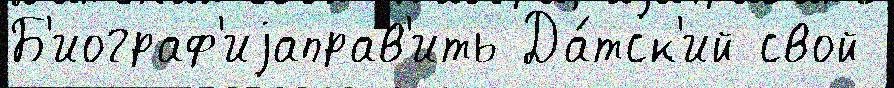
Б'иограф'иjаправ'ить Да́тск'ий свой